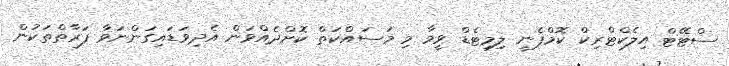
ސްޓޭޓް އިލެކްޓްރިކް ކޮމްޕެނީ ލިމިޓެޑް ވީމާ މި މަސައްކަތް ކޮށްދެއްވަން އެދިވަޑައިގަންނަވާ ފަރާތްތަކުން